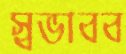
স্বভাবব